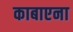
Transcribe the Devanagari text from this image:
काबाएना